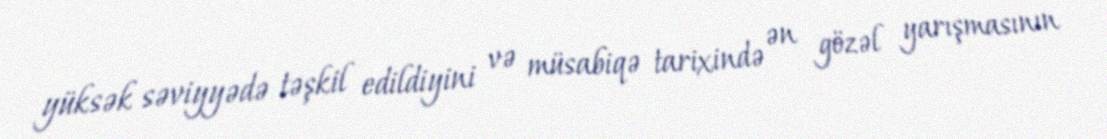
yüksək səviyyədə təşkil edildiyini və müsabiqə tarixində ən gözəl yarışmasının